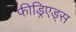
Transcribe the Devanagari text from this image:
फीड्रिएड्स